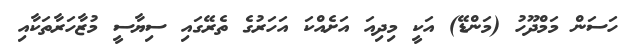
ހަސަން މަމްދޫހު (މަންޑޭ) އަކީ މިދިއަ އަށެއްކަ އަހަރުގެ ތެރޭގައި ސިޔާސީ މުޒާހަރާތަކާއި